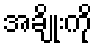
အချိုးကို